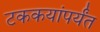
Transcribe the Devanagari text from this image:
टककयांपर्यंत